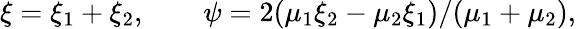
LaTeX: \xi=\xi_{1}+\xi_{2},\qquad\psi=2(\mu_{1}\xi_{2}-\mu_{2}\xi_{1})/(\mu_{1}+\mu_{2}),